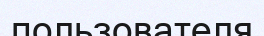
пользователя